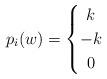
LaTeX: \begin{align*} p_i(w)= \left\{\def\arraystretch{1.2} \begin{array}{@{}c@{\quad}l@{}} k & \\ -k & \\ 0 & \\ \end{array}\right.\end{align*}